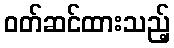
ဝတ်ဆင်ထားသည့်